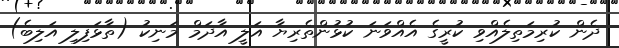
ދެން ކުރިމަތިލެއްވި ކުރީގެ އެއްވަނަ ކުޅުންތެރިޔާ އަލީ އާދަމް މަނިކު (ތާޅަފިލި އަލިބެ)